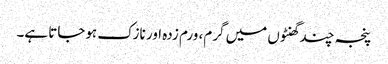
پنجہ چند گھنٹوں میں گرم، ورم زدہ اور نازک ہوجاتا ہے۔